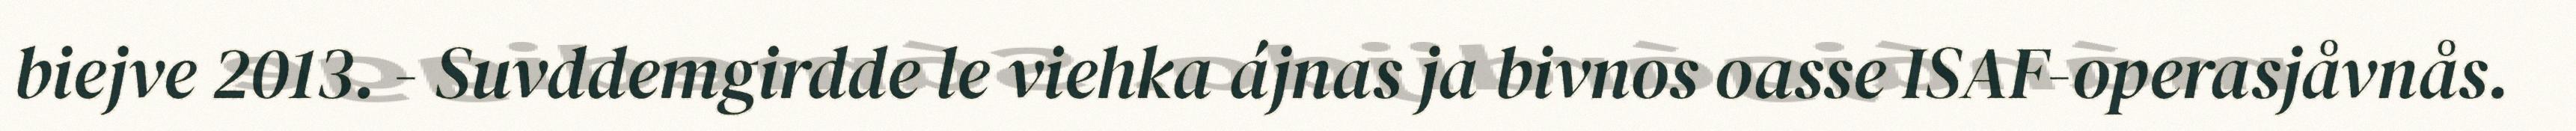
biejve 2013. - Suvddemgirdde le viehka ájnas ja bivnos oasse ISAF-operasjåvnås.